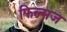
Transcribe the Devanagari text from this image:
फिल्मज